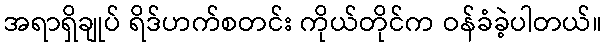
အရာရှိချုပ် ရိဒ်ဟက်စတင်း ကိုယ်တိုင်က ဝန်ခံခဲ့ပါတယ်။